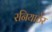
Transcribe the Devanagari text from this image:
रनियाठेर